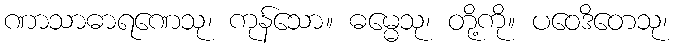
ဏာသာဓာရဏေသု၊ ကုန်သော။ ဓမ္မေသု၊ တို့ကို။ ပဝေဒိတေသု၊